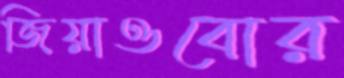
জিয়াওবোর